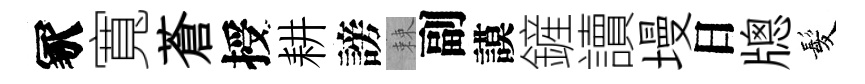
冢寬蒼授耕謗棘副謨鏟讀墁日牕髪